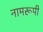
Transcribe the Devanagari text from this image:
नामरूपी